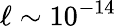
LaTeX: \ell\sim 10^{-14}